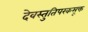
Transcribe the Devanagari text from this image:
देवस्तुतिपरकसूक्त